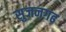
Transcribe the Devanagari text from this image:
सुजनगढ